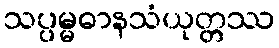
သပ္ပမ္မဓာနသံယုတ္တဿ